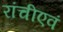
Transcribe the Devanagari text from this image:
रांचीएवं